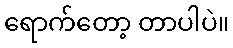
ရောက်တော့ တာပါပဲ။